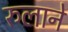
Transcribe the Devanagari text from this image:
रुलाने